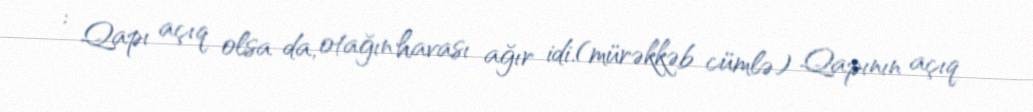
: Qapı açıq olsa da, otağın havası ağır idi.(mürəkkəb cümlə) Qapının açıq